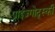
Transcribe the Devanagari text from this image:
प्राइज़्गोद्स्की